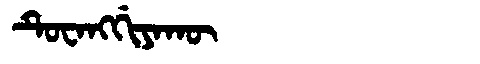
Manchu: ᡨᡠᠸᠠᠩᡤᡳᠶᠠᡴᡡ
Romanization: TUWANGGIYAKŪ